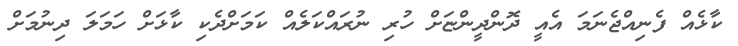
ކާޅެއް ފެނިއްޖެނަމަ އެއީ ދޮންދީންޏަށް ހުރި ނުރައްކަލެއް ކަމަށްދެކި ކާޅަށް ހަމަލަ ދިނުމަށް